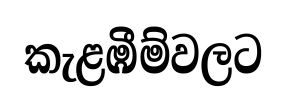
කැළඹීම්වලට